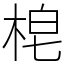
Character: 梍